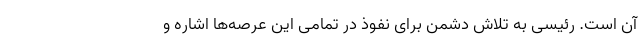
آن است. رئیسی به تلاش دشمن برای نفوذ در تمامی این عرصه‌ها اشاره و